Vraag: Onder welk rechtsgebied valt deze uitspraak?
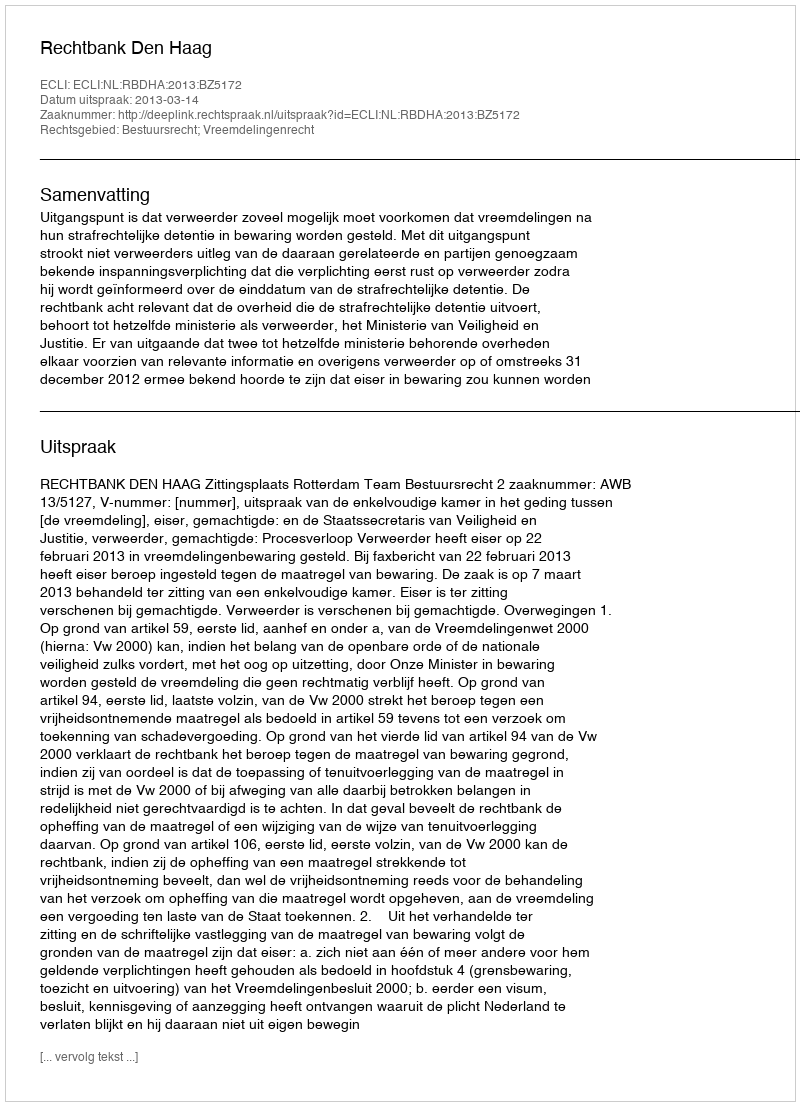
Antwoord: Bestuursrecht; Vreemdelingenrecht